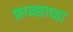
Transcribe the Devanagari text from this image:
फ्रान्साच्या